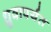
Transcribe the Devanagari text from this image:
ध्रुवापर्यंत